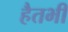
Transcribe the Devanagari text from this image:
हैतभी